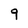
Character: 9